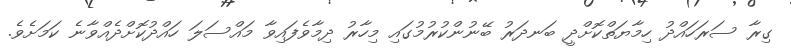
ގިރާ ސަރަހައްދު ހިމާޔަތްކޮށްދީ ބަނދަރު ބޭނުންކުރުމުގައި މިހާރު ދިމާވެފައިވާ މައްސަލަ ހައްދުކޮށްދެއްވާނެ ކަމަށެވެ.